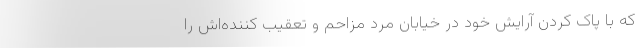
که با پاک کردن آرایش خود در خیابان مرد مزاحم و تعقیب کننده‌اش را